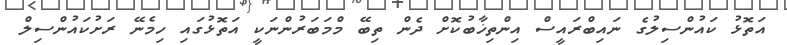
އަތޮޅު ކައުންސިލުގެ ނައިބްރައީސް އިންތިޚާބުކޮށް ދެން ތިބޭ މްމަބަރުންނަކީ އަތޮޅުގައި ހިމެނޭ ރަށުކައުންސިލް